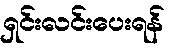
ရှင်းလင်းပေးရန်